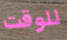
للوقت